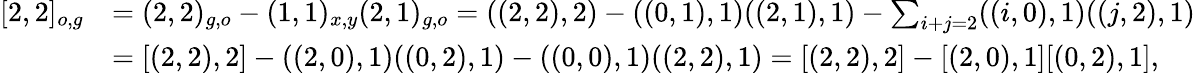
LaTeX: \begin{array}{rl}{[2,2]_{o,g}}&{=(2,2)_{g,o}-(1,1)_{x,y}(2,1)_{g,o}=((2,2),2)-((0,1),1)((2,1),1)-\sum_{i+j=2}((i,0),1)((j,2),1)}\\ &{=[(2,2),2]-((2,0),1)((0,2),1)-((0,0),1)((2,2),1)=[(2,2),2]-[(2,0),1][(0,2),1],}\end{array}